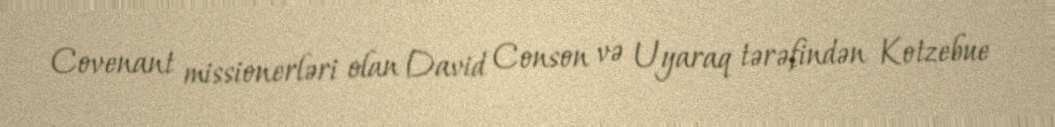
Covenant missionerləri olan David Conson və Uyaraq tərəfindən Kotzebue